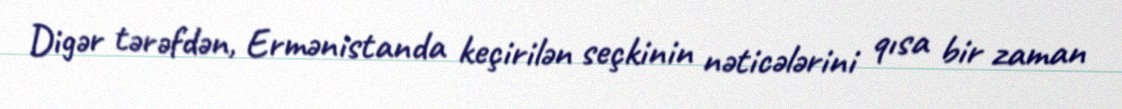
Digər tərəfdən, Ermənistanda keçirilən seçkinin nəticələrini qısa bir zaman